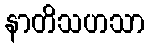
နာတိသဟသာ